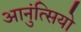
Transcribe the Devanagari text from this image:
आनुंत्सियो